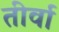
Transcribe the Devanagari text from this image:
तीर्वा